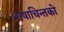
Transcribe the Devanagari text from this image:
भाषाचिन्तको